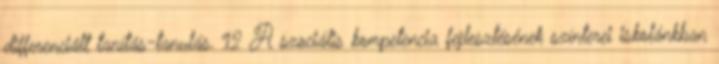
differenciált tanítás-tanulás. 12 A szociális kompetencia fejlesztésének színterei iskolánkban